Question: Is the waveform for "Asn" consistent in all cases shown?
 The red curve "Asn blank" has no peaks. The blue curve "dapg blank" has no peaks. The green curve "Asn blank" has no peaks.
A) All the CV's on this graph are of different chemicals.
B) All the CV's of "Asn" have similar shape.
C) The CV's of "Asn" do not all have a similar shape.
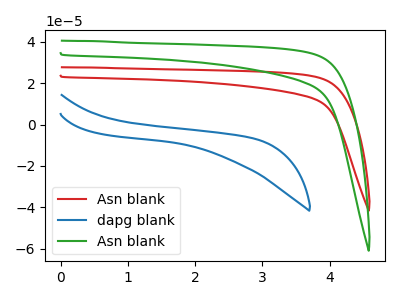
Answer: <think>Neither "Asn blank" or "dapg blank" have any peaks. Neither "Asn blank" or "Asn blank" have any peaks. Neither "dapg blank" or "Asn blank" have any peaks.
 </think>
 <answer>B) All the CV's of "Asn" have similar shape.</answer>
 <eval>B</eval>